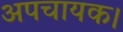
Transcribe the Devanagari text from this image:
अपचायक।